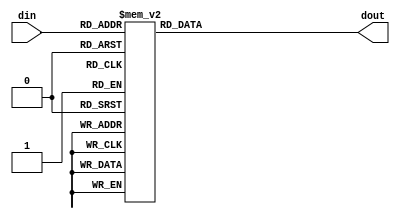
module FND(
    din,
    dout
);

input [3:0] din;
output reg [6:0] dout;

always @(din)
    case(din)
        4'b0000: dout = 7'b100_0000;
        4'b0001: dout = 7'b111_1001;
        4'b0010: dout = 7'b010_0100;
        4'b0011: dout = 7'b011_0000;
        4'b0100: dout = 7'b001_1001;

        4'b0101: dout = 7'b001_0010;
        4'b0110: dout = 7'b000_0010;
        4'b0111: dout = 7'b101_1000;
        4'b1000: dout = 7'b000_0000;
        4'b1001: dout = 7'b001_0000;
    
        4'b1010: dout = 7'b000_1000;
        4'b1011: dout = 7'b000_0011;
        4'b1100: dout = 7'b100_0110;
        4'b1101: dout = 7'b010_0001;
        4'b1110: dout = 7'b000_0100;
        4'b1111: dout = 7'b000_1110;
        default: dout = 7'b000_0000; // default case added
    endcase

endmodule